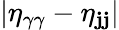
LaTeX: {|\eta_{\gamma\gamma}-\eta_{\mathbf{j}\mathbf{j}}|}